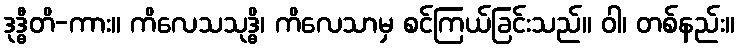
ဒုဒ္ဓီတိ-ကား။ ကိလေသသုဒ္ဓိ၊ ကိလေသာမှ စင်ကြယ်ခြင်းသည်။ ဝါ၊ တစ်နည်း။